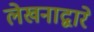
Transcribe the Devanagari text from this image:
लेखनाद्वारे